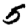
Digit: 5